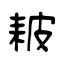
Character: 耚